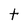
Character: t